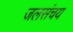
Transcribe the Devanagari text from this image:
जलसंचय